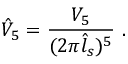
\hat { V } _ { 5 } = \frac { V _ { 5 } } { ( 2 \pi \hat { l } _ { s } ) ^ { 5 } } \ .